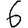
Digit: 6